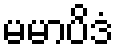
မမာပိဒံ